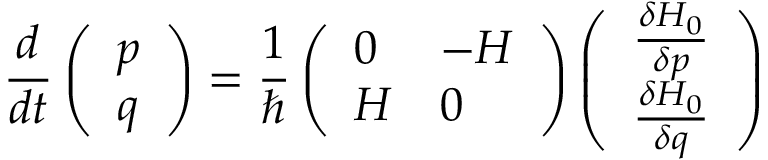
{ \frac { d } { d t } } \left( \begin{array} { l } { { p } } \\ { { q } } \end{array} \right) = { \frac { 1 } { \hbar } } \left( \begin{array} { l l } { { 0 } } & { { - { \cal H } } } \\ { { { \cal H } } } & { { 0 } } \end{array} \right) \left( \begin{array} { l } { { { \frac { \delta H _ { 0 } } { \delta p } } } } \\ { { { \frac { \delta H _ { 0 } } { \delta q } } } } \end{array} \right)